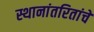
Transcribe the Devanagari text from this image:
स्थानांतरितांचे